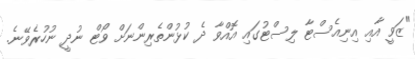
"ޒަވީ އާއި އިނިއެސްޓާ ލިސްޓުގައި އޮއްވާ ދެ ކުޅުންތެރިންނަށް ވޯޓް ނުދީ ނުހުރެވޭނެ.